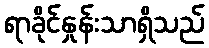
ရာခိုင်နှုန်းသာရှိသည်